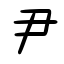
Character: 尹